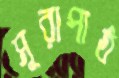
সূরাপাঠ